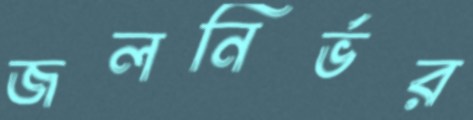
জলনির্ভর